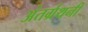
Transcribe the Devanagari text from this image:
अंतर्ग्रथनी